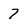
Character: 7